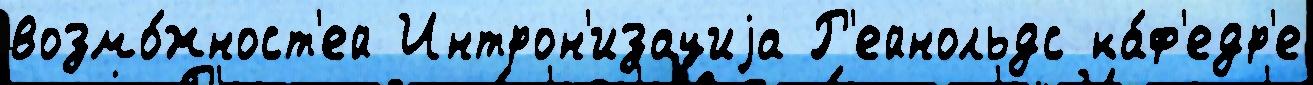
возмо́жност'ей Интрон'изациjа Р'ейнольдс ка́ф'едр'е